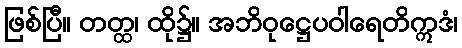
ဖြစ်ပြီ။ တတ္ထ၊ ထို၌။ အဘိဝုဋ္ဌေပဝါရေတိဣဒံ၊